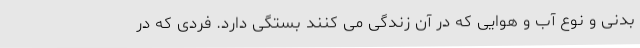
بدنی و نوع آب و هوایی که در آن زندگی می کنند بستگی دارد. فردی که در